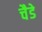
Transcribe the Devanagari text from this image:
चैडे